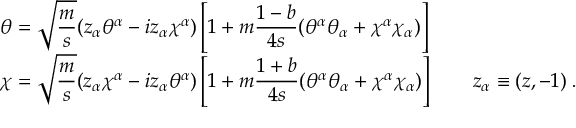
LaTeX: \begin{array} { l } { { \displaystyle \theta = \sqrt \frac { m } { s } ( z _ { \alpha } \theta ^ { \alpha } - i z _ { \alpha } \chi ^ { \alpha } ) \left[ 1 + m \frac { 1 - b } { 4 s } ( \theta ^ { \alpha } \theta _ { \alpha } + \chi ^ { \alpha } \chi _ { \alpha } ) \right] } } \\ { { \displaystyle \chi = \sqrt \frac { m } { s } ( z _ { \alpha } \chi ^ { \alpha } - i z _ { \alpha } \theta ^ { \alpha } ) \left[ 1 + m \frac { 1 + b } { 4 s } ( \theta ^ { \alpha } \theta _ { \alpha } + \chi ^ { \alpha } \chi _ { \alpha } ) \right] \qquad z _ { \alpha } \equiv ( z , - 1 ) \; . } } \end{array}